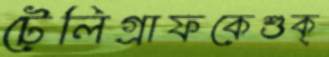
টেলিগ্রাফকেশুক্